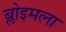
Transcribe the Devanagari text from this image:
ब्लोइमला